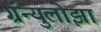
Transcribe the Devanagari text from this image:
ग्रॅन्युलोझा